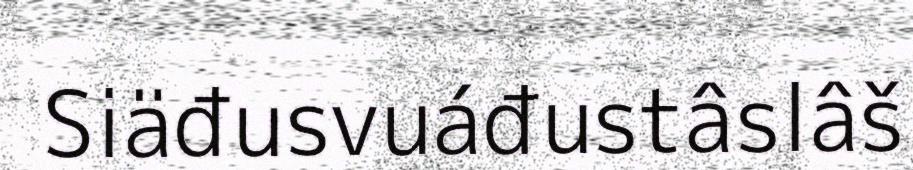
Siäđusvuáđustâslâš